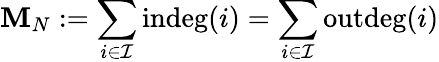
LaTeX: \mathbf{M}_{N}:=\sum_{i\in\mathcal{{I}}}\operatorname{indeg}(i)=\sum_{i\in\mathcal{{I}}}\operatorname{outdeg}(i)